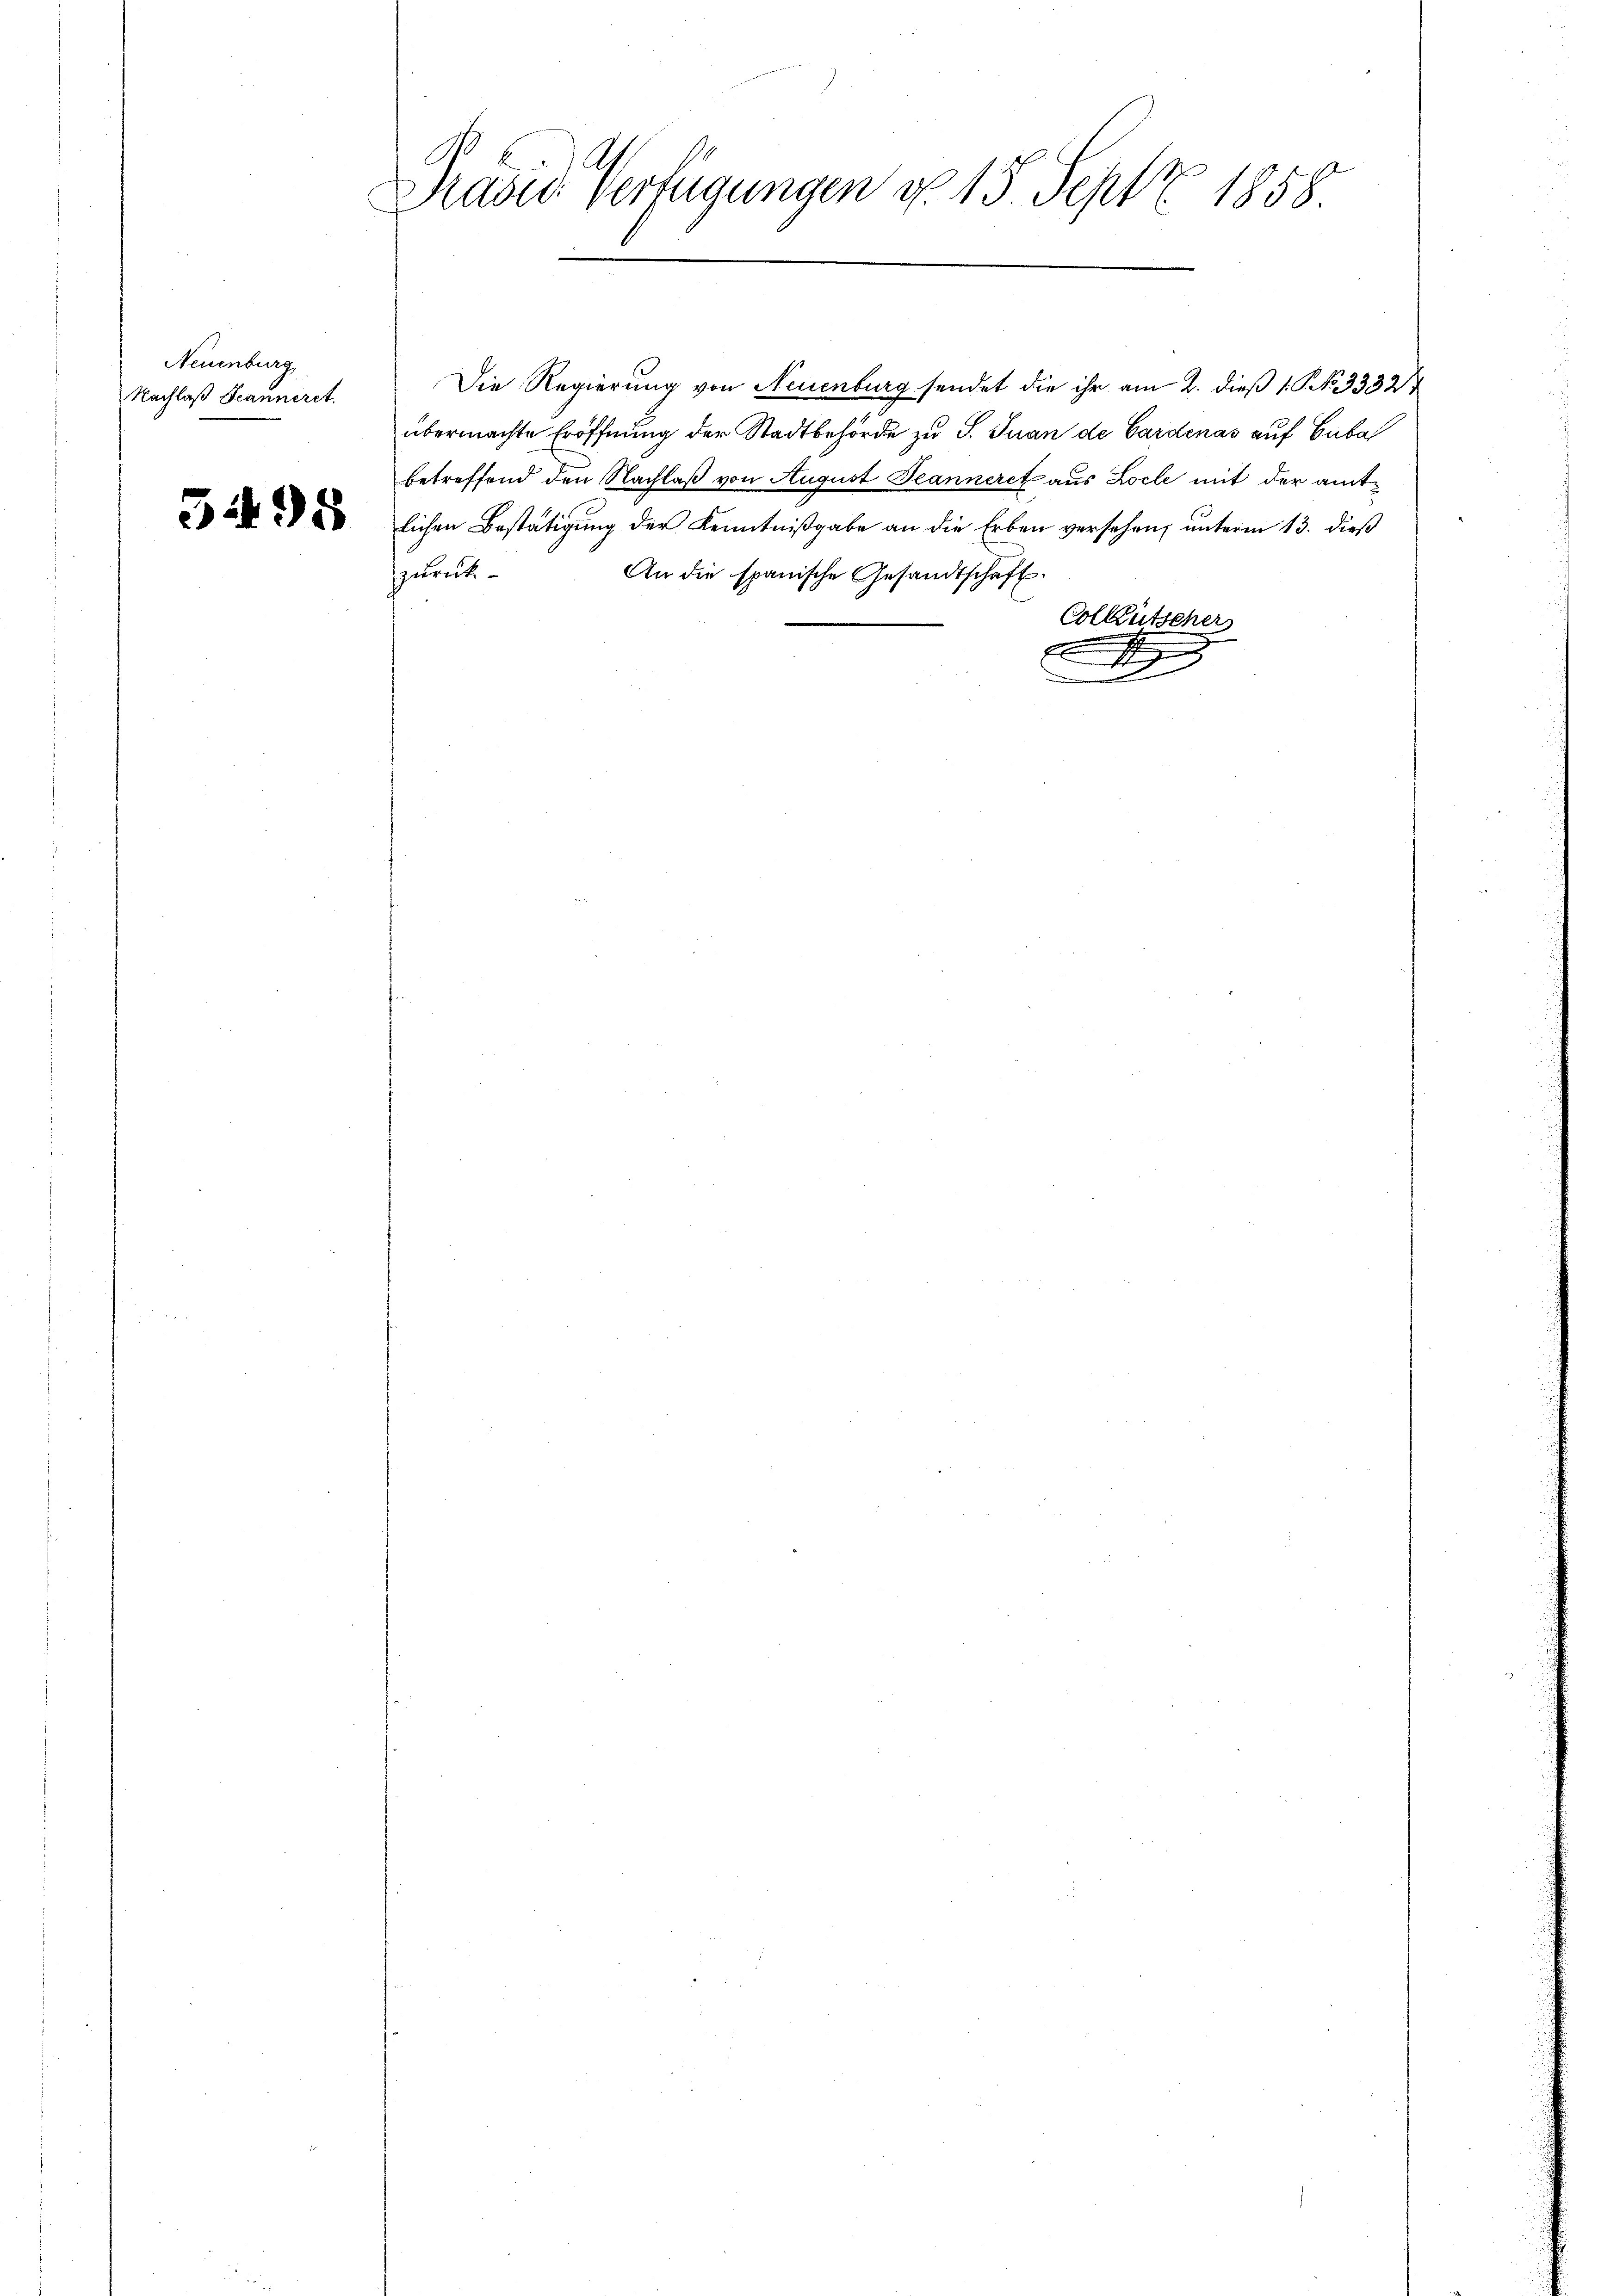
Neuenburg
Nachlaß Seanneret.

5495

Prasie Verfügungen d. 15 Sept. 1858

zurück-
An die spanische Gesandtschaft.
Colkutscher
.

Die Regierung von Neuenburg sendet die ihr am 2. dieß 1 S. No. 3332
übermachte Eröffnung der Stadtbehörde zu S. Juan de Gardenas auf Cubal
betreffend den Nachlaß von August Jeanneret aus Locle mit der amtlichen Bestätigung der Kenntnißgabe an die Erben versehen, unterm 13. dieß